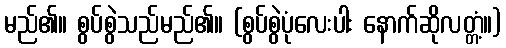
မည်၏။ စွပ်စွဲသည်မည်၏။ (စွပ်စွဲပုံလေးပါး နောက်ဆိုလတ္တံ့။)